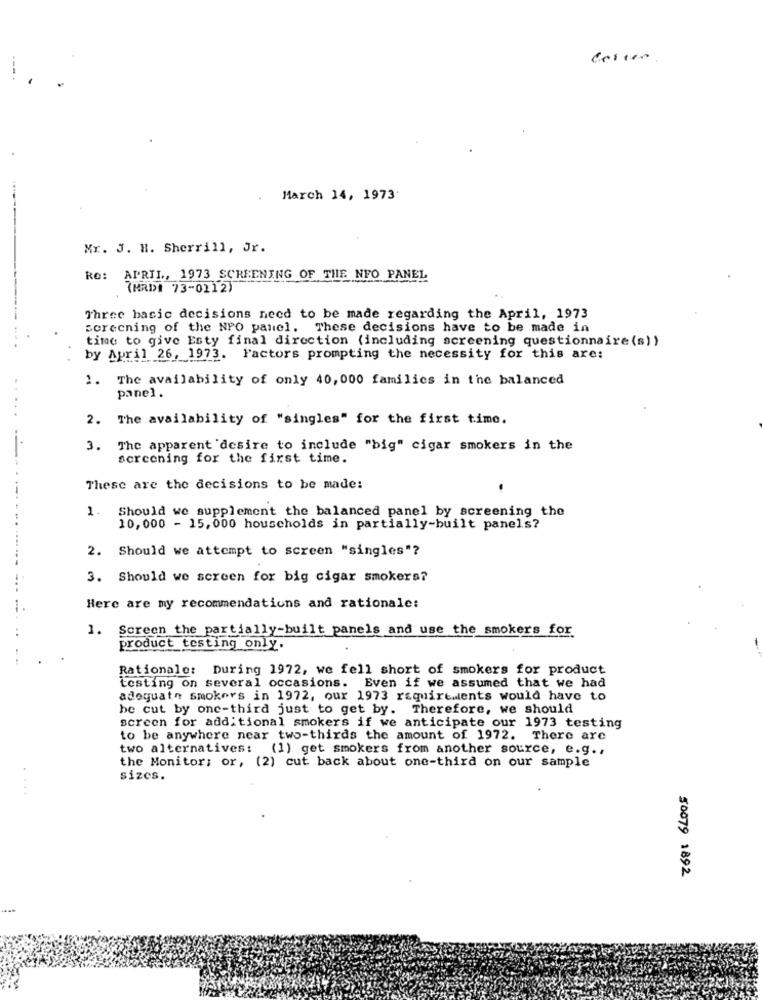
March 14, 1973
Mr. J. H. Sherrill, Jr.
Re: APRIL ,, 1973 SCREENING OF THE NFO PANEL
(MRDI 73-0212)
Three basic decisions need to be made regarding the April, 1973
sorecning of the NPO panel. These decisions have to be made in
time to give Esty final direction (including screening questionnaire (s))
by April 26, 1973. Factors prompting the necessity for this are:
1. The availability of only 40, 000 families in the balanced
panel.
2. The availability of "singles" for the first time.
3. The apparent 'desire to include "big" cigar smokers in the
screening for the first time.
These are the decisions to be made:
1. Should we supplement the balanced panel by screening the
10,000 - 15,000 households in partially-built panels?
2. Should we attempt to screen "singles"?
3. Should we screen for big cigar smokers?
Here are my recommendations and rationale:
1. Screen the partially-built panels and use the smokers for
product testing only.
Rationale: During 1972, we fell short of smokers for product
testing on several occasions. Even if we assumed that we had
adequate smokers in 1972, our 1973 requirements would have to
be cut by one-third just to get by. Therefore, we should
screen for additional smokers if we anticipate our 1973 testing
to be anywhere near two-thirds the amount of 1972. There are
two alternatives:
(1) get smokers from another source, e.g .,
the Monitor; or, (2) cut back about one-third on our sample
sizes.
....
50079 1892